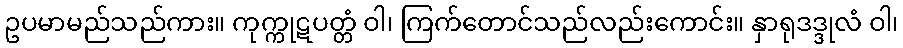
ဥပမာမည်သည်ကား။ ကုက္ကုဋပတ္တံ ဝါ၊ ကြက်တောင်သည်လည်းကောင်း။ နှာရုဒဒ္ဒုလံ ဝါ၊